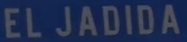
EL JADIDA